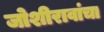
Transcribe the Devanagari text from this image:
जोशीरावांचा